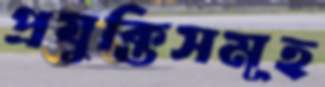
প্রযুক্তিসমূহ